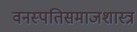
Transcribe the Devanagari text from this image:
वनस्पतिसमाजशास्त्र